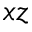
x z